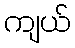
ကျယ်